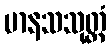
မာနသသုတ္တံ